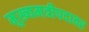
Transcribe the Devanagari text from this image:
मुख्यमत्रीपदावर